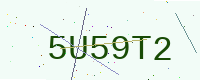
Text: 5U59T2